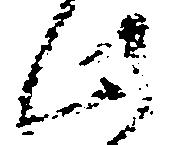
此